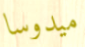
ميدوسا